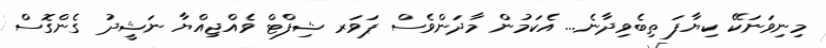
މިނިވަނަކޭ ކިޔާފަ ތިބެވިދާނެ... އެކަމުން މާދަންވެސް ޕަވަރ ޝިފްޓް ވެއްޖިއްޔާ ނަޝީދު ގެންގޮސް